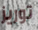
توريز